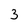
Character: 3